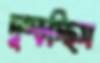
দুম্‌ড়চ্ছিস